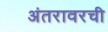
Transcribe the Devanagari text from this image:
अंतरावरची